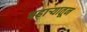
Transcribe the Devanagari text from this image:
पहाऱ्यातून